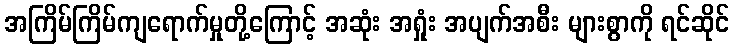
အကြိမ်ကြိမ်ကျရောက်မှုတို့ကြောင့် အဆုံး အရှုံး အပျက်အစီး များစွာကို ရင်ဆိုင်